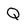
Character: Q